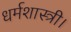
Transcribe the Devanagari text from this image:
धर्मशास्त्री।